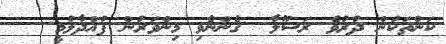
ކަންތަކުން ދުރުވެ ރަސޫލާ  ގެންނެވި މިންވަރުން ފުއްދާލުމީ